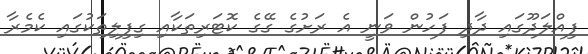
ފިއްލަދޫގައި ދާދި ފަހުން ވަނީ އެ ރަށުގެ ގޭގެ ކޮޓަރިތަކާއި ގިފިލިތަކުގައި ކެމެރާ